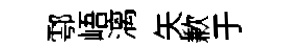
鄠峿漓矢歉于